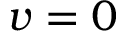
v = 0